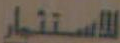
للاستثمار